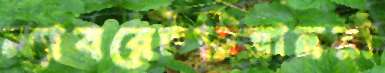
ল্যাবরেটরিয়ানরা